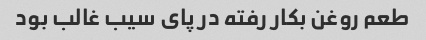
طعم روغن بکار رفته در پای سیب غالب بود